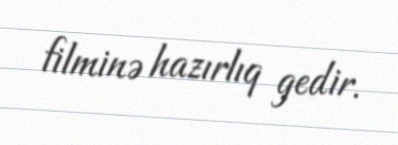
filminə hazırlıq gedir.